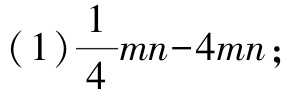
(1)$\frac{1}{4}mn - 4mn$;